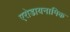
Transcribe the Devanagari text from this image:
एरोडायनामिक